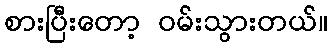
စားပြီးတော့ ဝမ်းသွားတယ်။